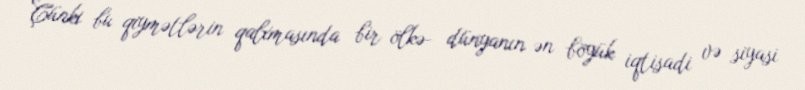
Çünki bu qiymətlərin qalxmasında bir ölkə- dünyanın ən böyük iqtisadi və siyasi